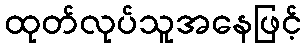
ထုတ်လုပ်သူအနေဖြင့်